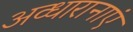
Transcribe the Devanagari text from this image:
अव्धारानाएं